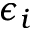
\epsilon _ { i }